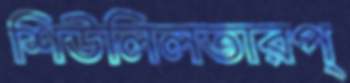
শিউলিলতারপ্